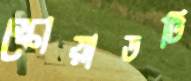
স্কোয়াডটি